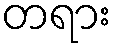
တရား